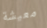
معيشة